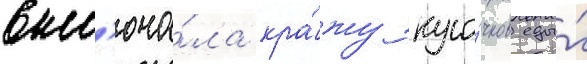
вкл'юча́ла кра́жу кусо́чков еды́